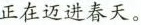
正在迈进春天。